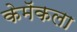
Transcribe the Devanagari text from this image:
केमॅकला